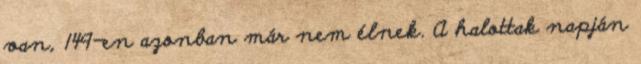
van, 149-en azonban már nem élnek. A halottak napján